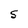
Character: S